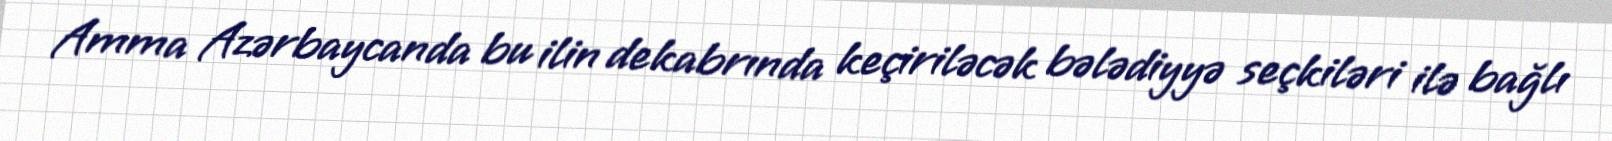
Amma Azərbaycanda bu ilin dekabrında keçiriləcək bələdiyyə seçkiləri ilə bağlı